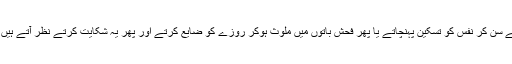
مثلاً یہ آنکھوں کو قابو میں نہیں رکھتے ، کانوں سے فحش گانے سن کر نفس کو تسکین پہنچاتے یا پھر فحش باتوں میں ملوث ہوکر روزے کو ضایع کرتے اور پھر یہ شکایت کرتے نظر آتے ہیں کہ ہمارے شہوانی تقاضے روزے میں بھی قابو میں نہیں آتے ۔